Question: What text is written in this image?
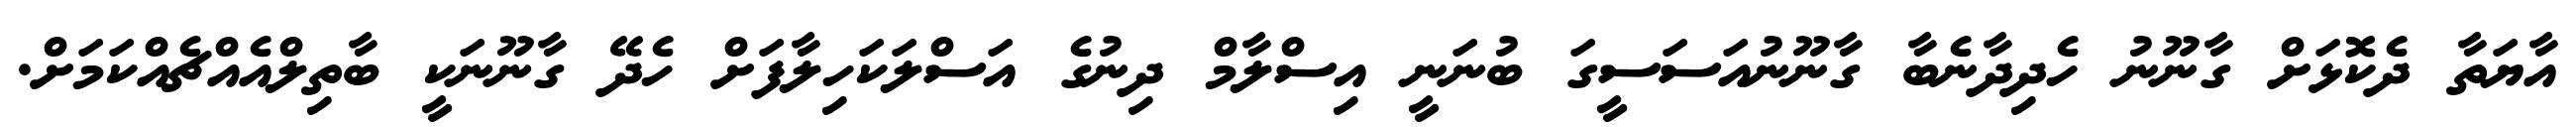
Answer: އާޔަތާ ދެކޮޅަށް ގާނޫނު ހެދިދާނެބާ ގާނޫނުއަސަސީގަ ބުނަނީ އިސްލާމް ދިނުގެ އަސްލަކަހިލާފަށް ހެދޭ ގާނޫނަކީ ބާތިލްއެއްޗެއްކަމަށް.